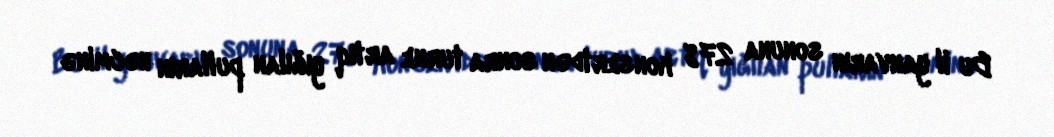
Bu il yanvarın sonuna 278 konsertdən sonra turne artıq yığılan pulların həcminə